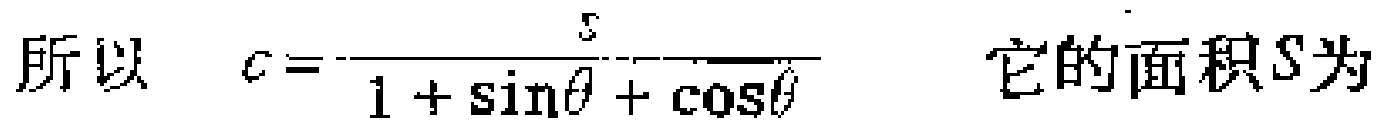
所以 \(c = \frac{5}{1 + \sin\theta + \cos\theta}\)  它的面积\(S\)为